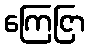
ကြေငြာ